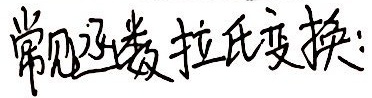
常见函数拉氏变换: